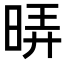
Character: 𭦄